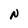
Character: n